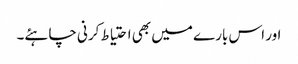
اور اس بارے میں بھی احتیاط کرنی چاہئے۔